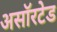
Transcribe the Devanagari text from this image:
असॉरटेड